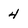
Character: 4